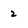
Character: 2